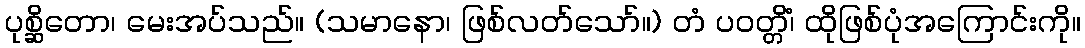
ပုစ္ဆိတော၊ မေးအပ်သည်။ (သမာနော၊ ဖြစ်လတ်သော်။) တံ ပဝတ္တိံ၊ ထိုဖြစ်ပုံအကြောင်းကို။